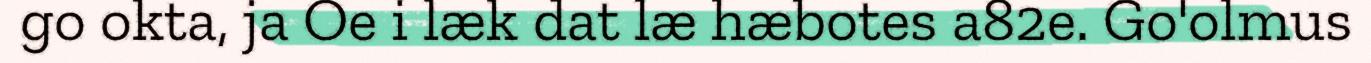
go okta, ja Oe i læk dat læ hæbotes a82e. Go'olmus